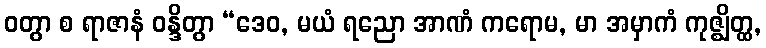
ဝတွာ စ ရာဇာနံ ဝန္ဒိတွာ “ဒေဝ, မယံ ရညော အာဏံ ကရောမ, မာ အမှာကံ ကုဇ္ဈိတ္ထ,